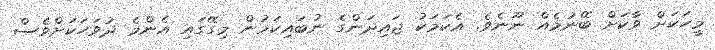
މީހަކަށް ވާކަށް ބޭނުމެއް ނޫނެވެ. އެކަމަކު ޖައިދަންގެ ނުބައިކަމުން މިގޭގައި އެންމެ ދުވަހަކަށްވެސް